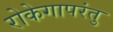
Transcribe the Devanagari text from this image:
रोकेगापरंतु